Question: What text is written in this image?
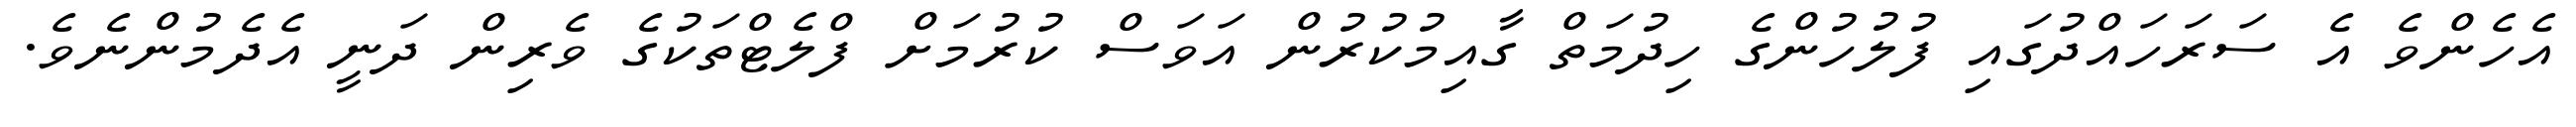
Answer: އެހެންވެ އެ ސަރަހައްދުގައި ފުލުހުންގެ ހިދުމަތް ގާއިމުކުރުން އަވަސް ކުރުމަށް ފްލެޓްތަކުގެ ވެރިން ދަނީ އެދެމުންނެވެ.